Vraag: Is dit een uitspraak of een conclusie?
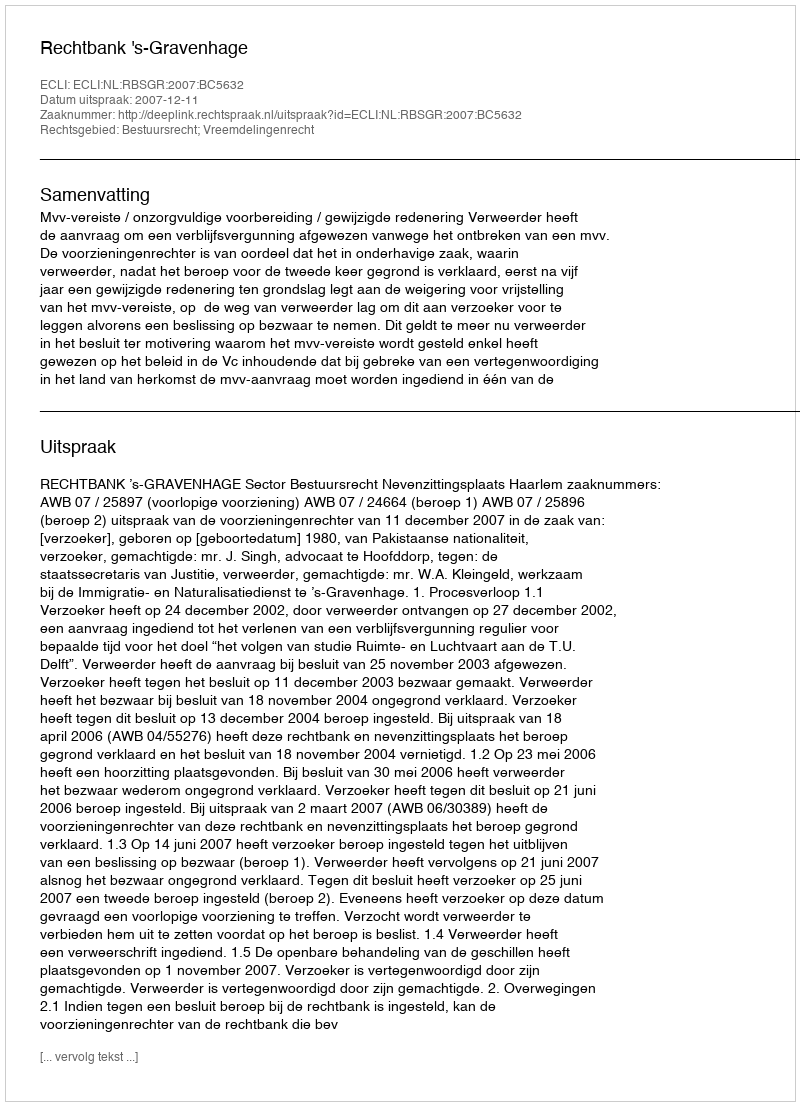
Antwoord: Uitspraak